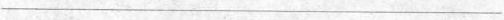
___